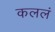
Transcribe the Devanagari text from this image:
कललं